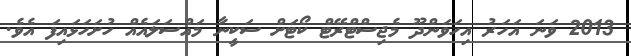
2013 ވަނަ އަހަރު އިހަވަންދޫ މެޖިސްޓްރޭޓް ކޯޓަށް ސަކީނާ މައްސަލައެއް ހުށަހަޅައިފަ އެވެ.